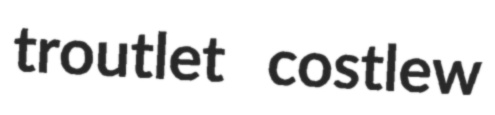
troutlet costlew